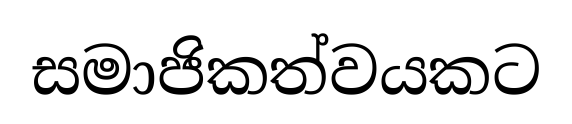
සමාජිකත්වයකට